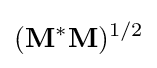
(\mathbf {M} ^{*}\mathbf {M} )^{1/2}